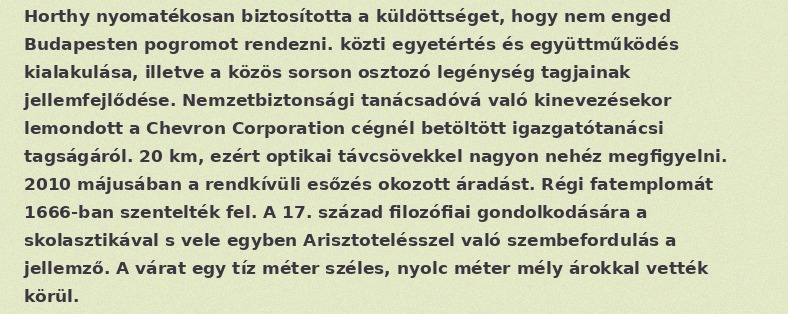
Horthy nyomatékosan biztosította a küldöttséget, hogy nem enged Budapesten pogromot rendezni. közti egyetértés és együttműködés kialakulása, illetve a közös sorson osztozó legénység tagjainak jellemfejlődése. Nemzetbiztonsági tanácsadóvá való kinevezésekor lemondott a Chevron Corporation cégnél betöltött igazgatótanácsi tagságáról. 20 km, ezért optikai távcsövekkel nagyon nehéz megfigyelni. 2010 májusában a rendkívüli esőzés okozott áradást. Régi fatemplomát 1666-ban szentelték fel. A 17. század filozófiai gondolkodására a skolasztikával s vele egyben Arisztotelésszel való szembefordulás a jellemző. A várat egy tíz méter széles, nyolc méter mély árokkal vették körül.